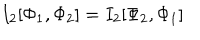
I _ { 2 } [ \Phi _ { 1 } , \Phi _ { 2 } ] = I _ { 2 } [ \Phi _ { 2 } , \Phi _ { 1 } ]